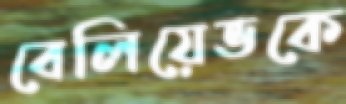
বেলিয়েভকে